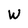
Character: W